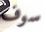
سوف